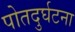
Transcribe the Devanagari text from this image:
पोतदुर्घटना